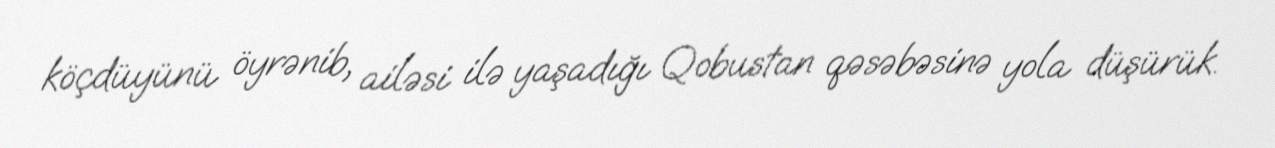
köçdüyünü öyrənib, ailəsi ilə yaşadığı Qobustan qəsəbəsinə yola düşürük.